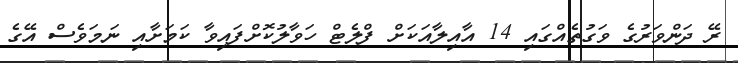
ރޭ ދަންވަރުގެ ވަގުތެއްގައި 14 އާއިލާއަކަށް ފްލެޓް ހަވާލުކޮށްފައިވާ ކަމަށާއި ނަމަވެސް އޭގެ